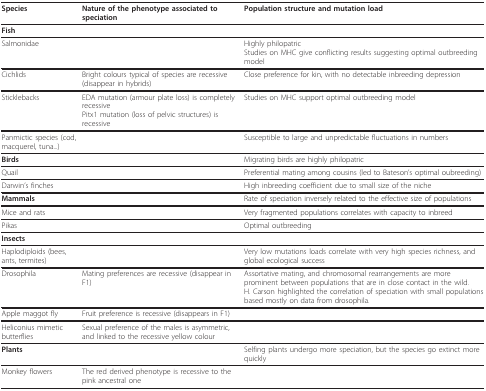
<table><thead><tr><td><b>Species</b></td><td><b>Nature of the phenotype associated to speciation</b></td><td><b>Population structure and mutation load</b></td></tr></thead><tbody><tr><td><b>Fish</b></td><td></td><td></td></tr><tr><td>Salmonidae</td><td></td><td>Highly philopatricStudies on MHC give conflicting results suggesting optimal outbreeding model</td></tr><tr><td>Cichlids</td><td>Bright colours typical of species are recessive (disappear in hybrids)</td><td>Close preference for kin, with no detectable inbreeding depression</td></tr><tr><td>Sticklebacks</td><td>EDA mutation (armour plate loss) is completely recessivePitx1 mutation (loss of pelvic structures) is recessive</td><td>Studies on MHC support optimal outbreeding model</td></tr><tr><td>Panmictic species (cod, macquerel, tuna...)</td><td></td><td>Susceptible to large and unpredictable fluctuations in numbers</td></tr><tr><td><b>Birds</b></td><td></td><td>Migrating birds are highly philopatric</td></tr><tr><td>Quail</td><td></td><td>Preferential mating among cousins (led to Bateson&#x27;s optimal oubreeding)</td></tr><tr><td>Darwin&#x27;s finches</td><td></td><td>High inbreeding coefficient due to small size of the niche</td></tr><tr><td><b>Mammals</b></td><td></td><td>Rate of speciation inversely related to the effective size of populations</td></tr><tr><td>Mice and rats</td><td></td><td>Very fragmented populations correlates with capacity to inbreed</td></tr><tr><td>Pikas</td><td></td><td>Optimal outbreeding</td></tr><tr><td><b>Insects</b></td><td></td><td></td></tr><tr><td>Haplodiploids (bees, ants, termites)</td><td></td><td>Very low mutations loads correlate with very high species richness, and global ecological success</td></tr><tr><td>Drosophila</td><td>Mating preferences are recessive (disappear in F1)</td><td>Assortative mating, and chromosomal rearrangements are more prominent between populations that are in close contact in the wild.H. Carson highlighted the correlation of speciation with small populations based mostly on data from drosophila.</td></tr><tr><td>Apple maggot fly</td><td>Fruit preference is recessive (disappears in F1)</td><td></td></tr><tr><td>Heliconius mimetic butterflies</td><td>Sexual preference of the males is asymmetric, and linked to the recessive yellow colour</td><td></td></tr><tr><td><b>Plants</b></td><td></td><td>Selfing plants undergo more speciation, but the species go extinct more quickly</td></tr><tr><td>Monkey flowers</td><td>The red derived phenotype is recessive to the pink ancestral one</td><td></td></tr></tbody></table>